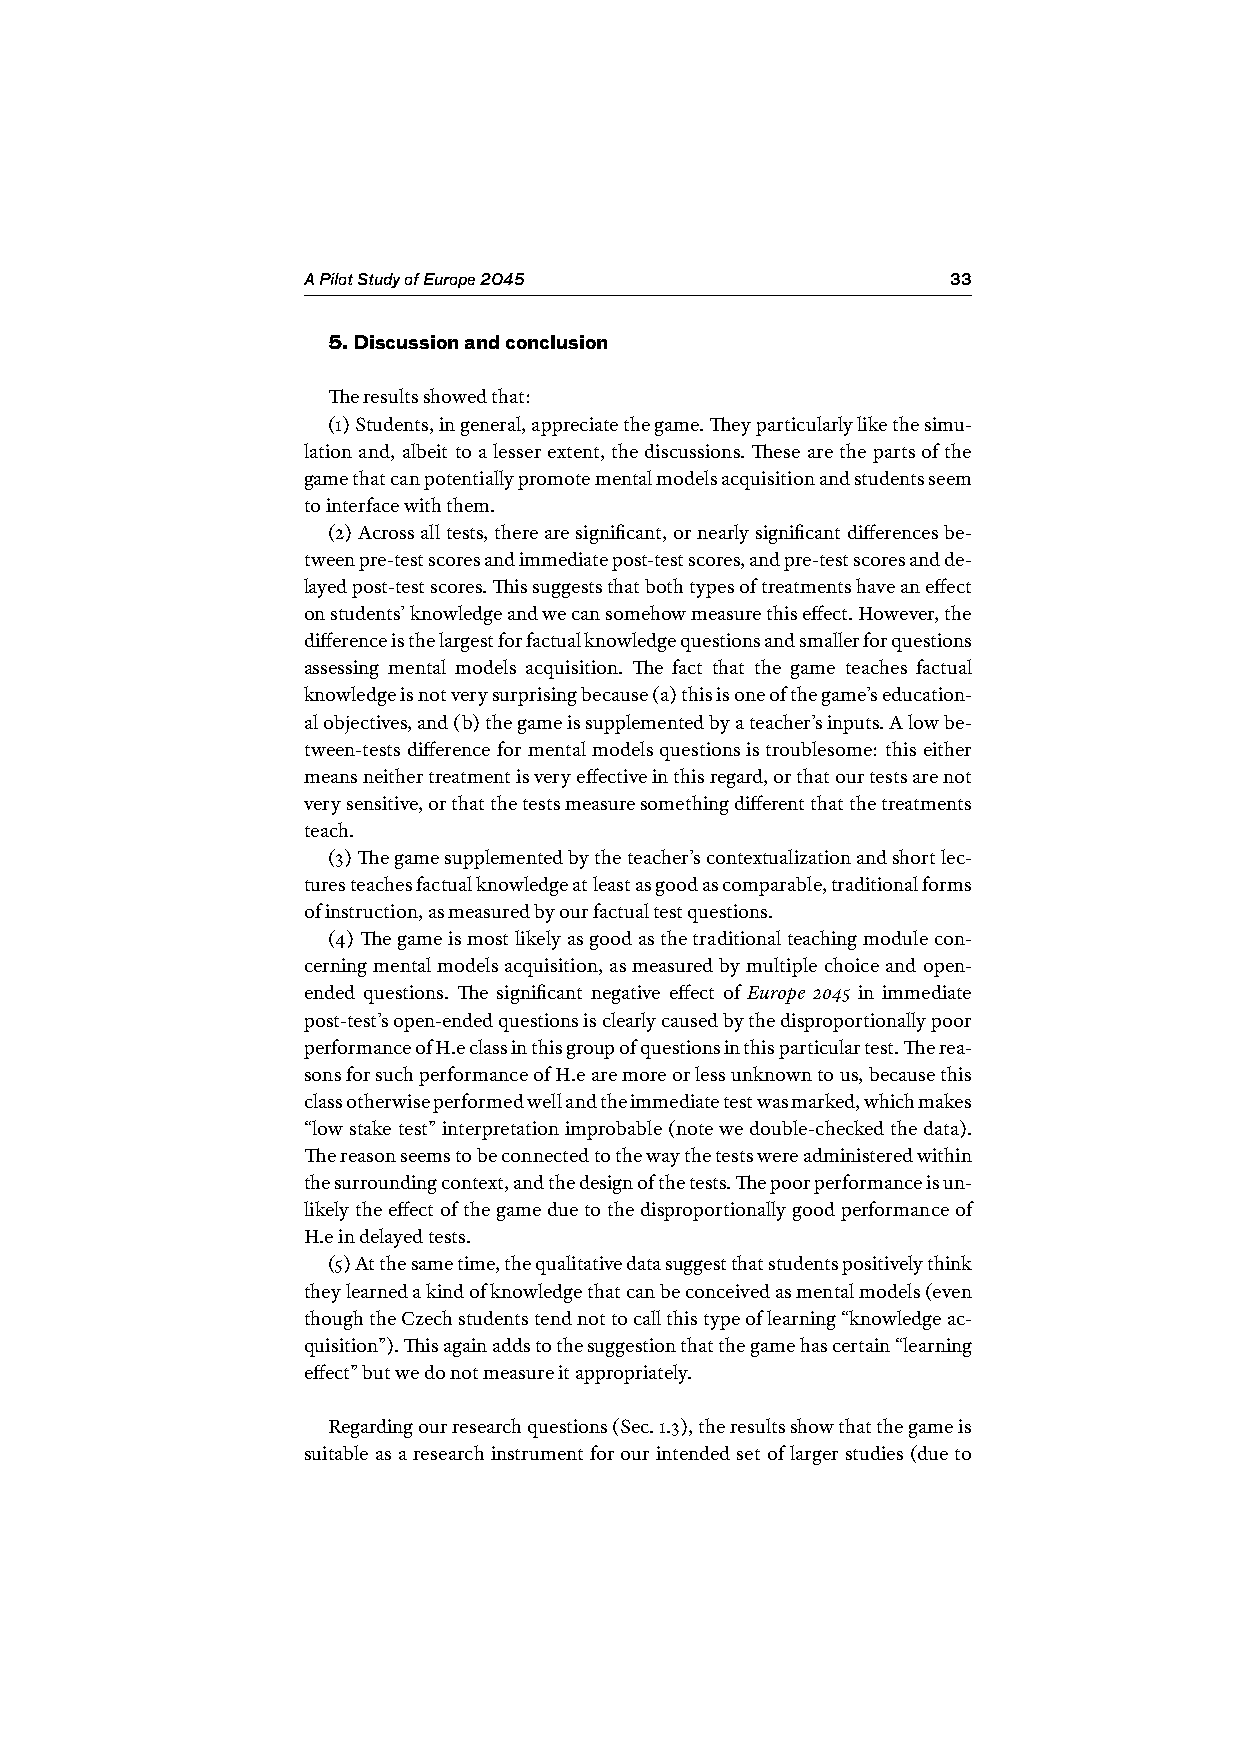
A Pilot Study of Europe 2045               33
 5. Discussion and conclusion
 The results showed that:
 (1) Students, in general, appreciate the game. They particularly like the simu-
 lation and, albeit to a lesser extent, the discussions. These are the parts of the
 game that can potentially promote mental models acquisition and students seem
 to interface with them.
 (2) Across all tests, there are significant, or nearly significant differences be-
 tween pre-test scores and immediate post-test scores, and pre-test scores and de-
 layed post-test scores. This suggests that both types of treatments have an effect
 on students’ knowledge and we can somehow measure this effect. However, the
 difference is the largest for factual knowledge questions and smaller for questions
 assessing mental models acquisition. The fact that the game teaches factual
 knowledge is not very surprising because (a) this is one of the game’s education-
 al objectives, and (b) the game is supplemented by a teacher’s inputs. A low be-
 tween-tests difference for mental models questions is troublesome: this either
 means neither treatment is very effective in this regard, or that our tests are not
 very sensitive, or that the tests measure something different that the treatments
 teach.
 (3) The game supplemented by the teacher’s contextualization and short lec-
 tures teaches factual knowledge at least as good as comparable, traditional forms
 of instruction, as measured by our factual test questions.
 (4) The game is most likely as good as the traditional teaching module con-
 cerning mental models acquisition, as measured by multiple choice and open-
 ended questions. The significant negative effect of Europe 2045 in immediate
 post-test’s open-ended questions is clearly caused by the disproportionally poor
 performance of H.e class in this group of questions in this particular test. The rea-
 sons for such performance of H.e are more or less unknown to us, because this
 class otherwise performed well and the immediate test was marked, which makes
 “low stake test” interpretation improbable (note we double-checked the data).
 The reason seems to be connected to the way the tests were administered within
 the surrounding context, and the design of the tests. The poor performance is un-
 likely the effect of the game due to the disproportionally good performance of
 H.e in delayed tests.
 (5) At the same time, the qualitative data suggest that students positively think
 they learned a kind of knowledge that can be conceived as mental models (even
 though the Czech students tend not to call this type of learning “knowledge ac-
 quisition”). This again adds to the suggestion that the game has certain “learning
 effect” but we do not measure it appropriately.
 Regarding our research questions (Sec. 1.3), the results show that the game is
 suitable as a research instrument for our intended set of larger studies (due to